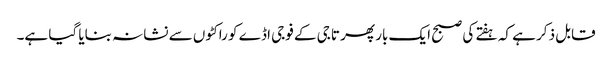
قابل ذکر ہے کہ ہفتے کی صبح ایک بار پھر تاجی کے فوجی اڈے کو راکٹوں سے نشانہ بنایا گیا ہے۔